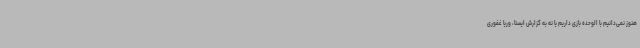
هنوز نمی‌دانیم با الوحده بازی داریم یا نه به گزارش ایسنا، وریا غفوری